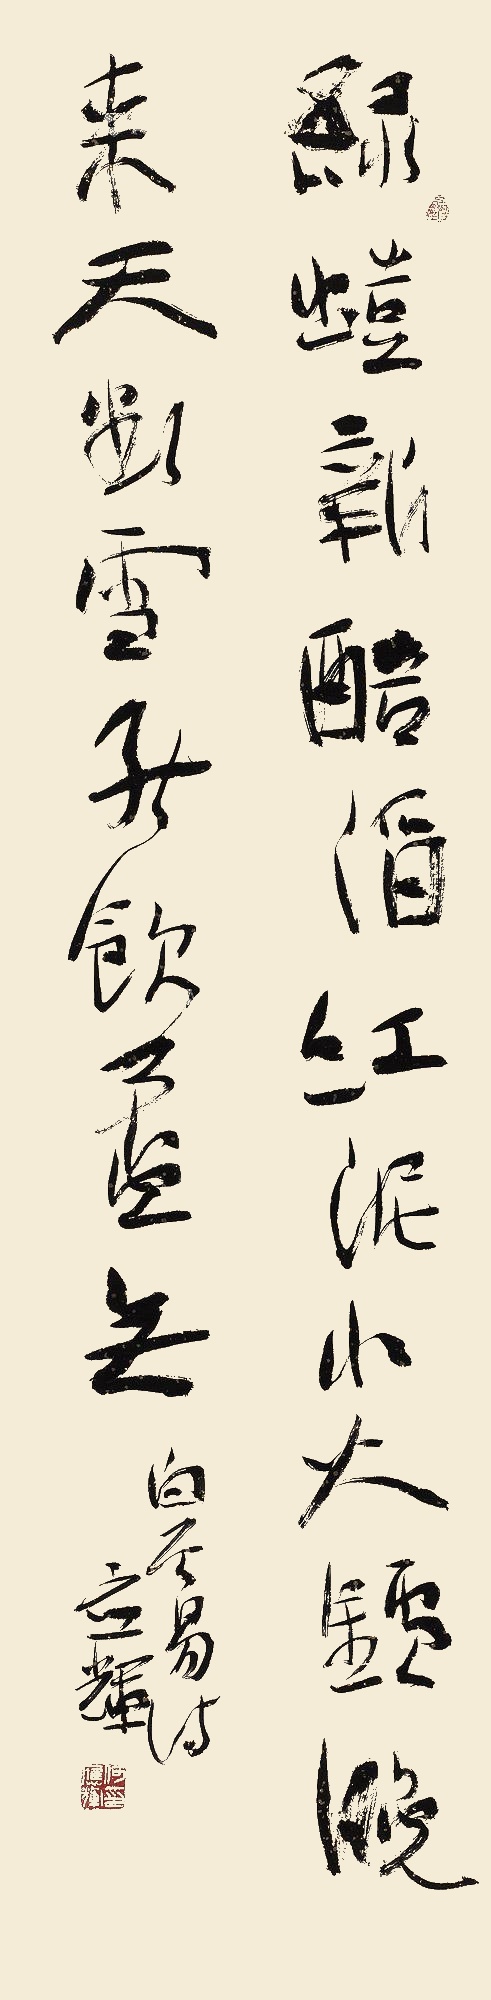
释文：绿蚁新醅酒，红泥小火炉。晚来天欲雪，能饮一杯无？白居易诗，应辉。